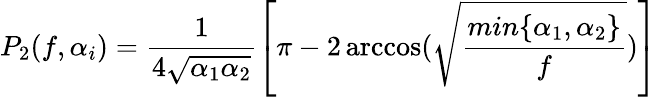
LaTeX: P_{2}(f,\alpha_{i})=\frac{1}{4\sqrt{\alpha_{1}\alpha_{2}}}\left[\pi-2\operatorname{arccos}(\sqrt{\frac{min\{ \alpha_{1},\alpha_{2}\} }{f}})\right]